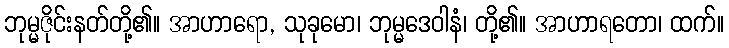
ဘုမ္မဇိုင်းနတ်တို့၏။ အာဟာရော, သုခုမော၊ ဘုမ္မဒေဝါနံ၊ တို့၏။ အာဟာရတော၊ ထက်။